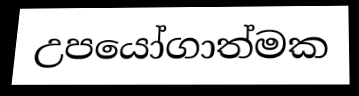
උපයෝගාත්මක